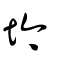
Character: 坅